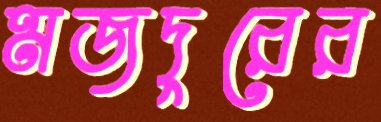
মজদুরের